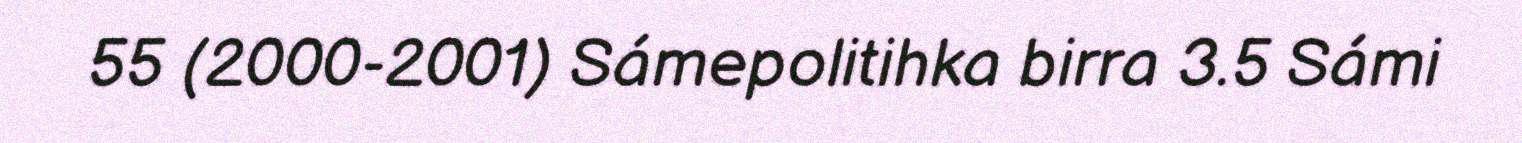
55 (2000-2001) Sámepolitihka birra 3.5 Sámi